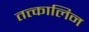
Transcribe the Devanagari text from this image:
तत्त्कालिन